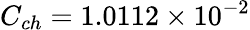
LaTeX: C_{ch}=1.0112\times 10^{-2}